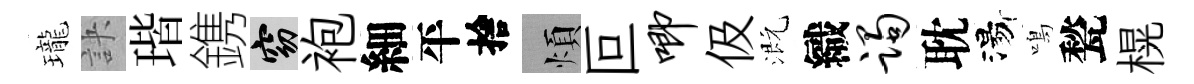
瓏訣瑎鎸窈袍細平捨煩叵唧伋溉織躅耽湯鳴甃榥